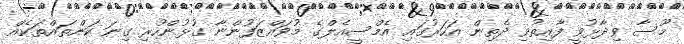
މޫސާ ވިދާޅުވީ ފާއިތުވި ދެތިން އަހަރުގައި އެމްސީއެލްގެ މުވައްޒަފުންނާ ގުޅުންހުރި ގިނަ ކަންތައްތަކެއް